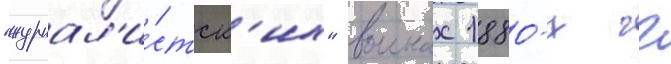
"журнал'и́стск'их" воинах 1880-х гг